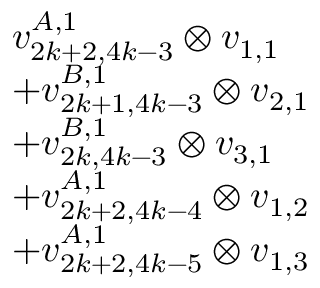
\begin{array} { r l } & { v _ { 2 k + 2 , 4 k - 3 } ^ { A , 1 } \otimes v _ { 1 , 1 } } \\ & { + v _ { 2 k + 1 , 4 k - 3 } ^ { B , 1 } \otimes v _ { 2 , 1 } } \\ & { + v _ { 2 k , 4 k - 3 } ^ { B , 1 } \otimes v _ { 3 , 1 } } \\ & { + v _ { 2 k + 2 , 4 k - 4 } ^ { A , 1 } \otimes v _ { 1 , 2 } } \\ & { + v _ { 2 k + 2 , 4 k - 5 } ^ { A , 1 } \otimes v _ { 1 , 3 } } \end{array}